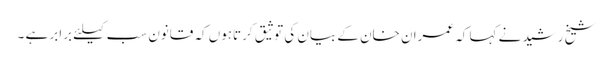
شیخ رشید نے کہا کہ عمران خان کے بیان کی توثیق کرتاہوں کہ قانون سب کیلئے برابر ہے ۔